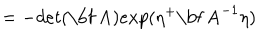
= - d e t ( \mathrm { \bf ~ A } ) e x p ( \eta ^ { + } \mathrm { \bf ~ A } ^ { - 1 } \eta )